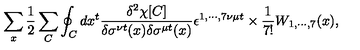
\sum _ { x } \frac { 1 } { 2 } \sum _ { C } \oint _ { C } d x ^ { t } \frac { \delta ^ { 2 } \chi [ C ] } { \delta \sigma ^ { \nu t } ( x ) \delta \sigma ^ { \mu t } ( x ) } \epsilon ^ { 1 , \cdots , 7 \nu \mu t } \times \frac { 1 } { 7 ! } W _ { 1 , \cdots , 7 } ( x ) ,